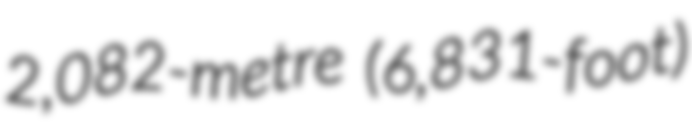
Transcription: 2,082-metre (6,831-foot)